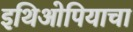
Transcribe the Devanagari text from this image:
इथिओपियाचा